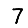
Digit: 7